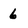
Character: 6